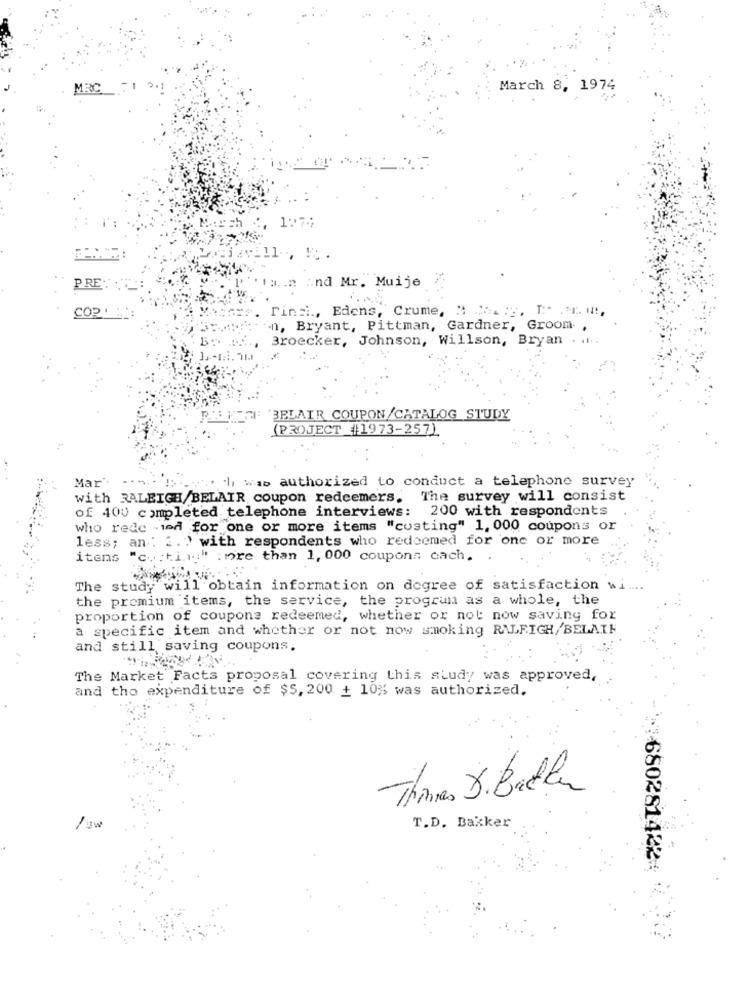
MRC
March 8, 1974
107;
PRE
.. n :. nd Mr. Muije
COP
Tinai ., Edens, Crume, M . :, DEM,
.n, Bryant, Pittman, Gardner, Groom ,
Broecker, Johnson, Willson, Bryan . ...
PALETTE 'BELAIR COUPON/CATALOG STUDY
(PROJECT #1973-257)
Mar
ch was authorized to conduct a telephone survey
with RALEIGH/BELAIR coupon redeemers. The survey will consist
of 400 completed telephone interviews: 200 with respondents
who rede - wed for one or more items "costing" 1, 000 coupons or
less; an : 2.) with respondents who redeemed for one or more
itens "c .. : t.i ... " : more than 1, 000 coupons cach.
The study will obtain information on degree of satisfaction w.
the premium items, the service, the program as a whole, the
proportion of coupone redeemed, whether or not now saving for
a specific item and whether or not now smoking RALEIGH/'BELAIF
and still saving coupons.
The Market Facts proposal covering this study was approved,
and the expenditure of $5, 200 + 10% was authorized.
Thomas D. Ballen
/ w
T.D. Bakker
680281422-